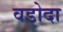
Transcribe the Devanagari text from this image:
वडोदा